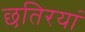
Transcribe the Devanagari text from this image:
छतिरयां